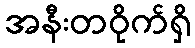
အနီးတဝိုက်ရှိ